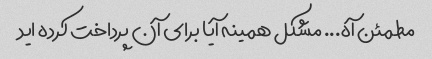
مطمئن آه... مشکل همینه آیا برای آن پرداخت کرده اید